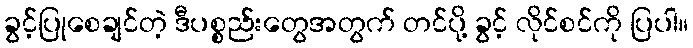
ခွင့်ပြုစေချင်တဲ့ ဒီပစ္စည်းတွေအတွက် တင်ပို့ ခွင့် လိုင်စင်ကို ပြပါ။